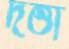
দত্তা